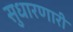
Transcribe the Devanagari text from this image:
सुधारणारी